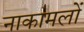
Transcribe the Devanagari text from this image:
नाकामलों